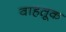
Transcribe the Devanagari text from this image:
वाहतू़क